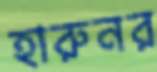
হারুনর